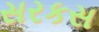
સરકસ